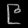
Digit: ၉